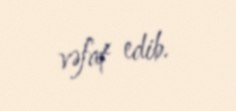
vəfat edib.